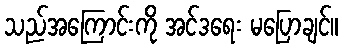
သည်အကြောင်းကို အင်ဒရေး မပြောချင်။